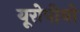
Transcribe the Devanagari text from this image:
यूरोपीयो